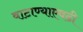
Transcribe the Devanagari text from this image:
वाटाण्याएवढी